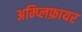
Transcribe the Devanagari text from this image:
अम्प्लिफ़ायर